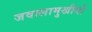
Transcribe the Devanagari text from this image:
जवालामुखीयों